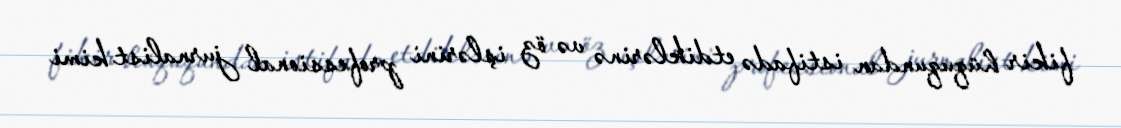
fikir hüququndan istifadə etdiklərinə və öz işlərini professional jurnalist kimi